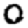
Digit: 0